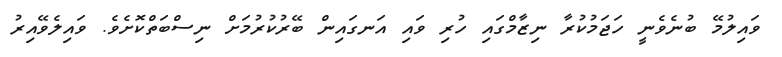
ވައިލުމޭ ބުނެވެނީ ހަޖަމުކުރާ ނިޒާމްގައި ހުރި ވައި އަނގައިން ބޭރުކުރުމަށް ނިސްބަތްކޮށެވެ. ވައިލެވޭއިރު